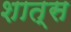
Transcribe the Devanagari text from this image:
शात्स